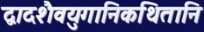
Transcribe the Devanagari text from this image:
द्वादशैवयुगानिकथितानि